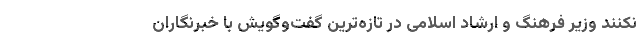
نکنند وزیر فرهنگ و ارشاد اسلامی در تازه‌ترین گفت‌وگویش با خبرنگاران